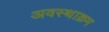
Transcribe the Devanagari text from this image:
अवस्थाक्रम